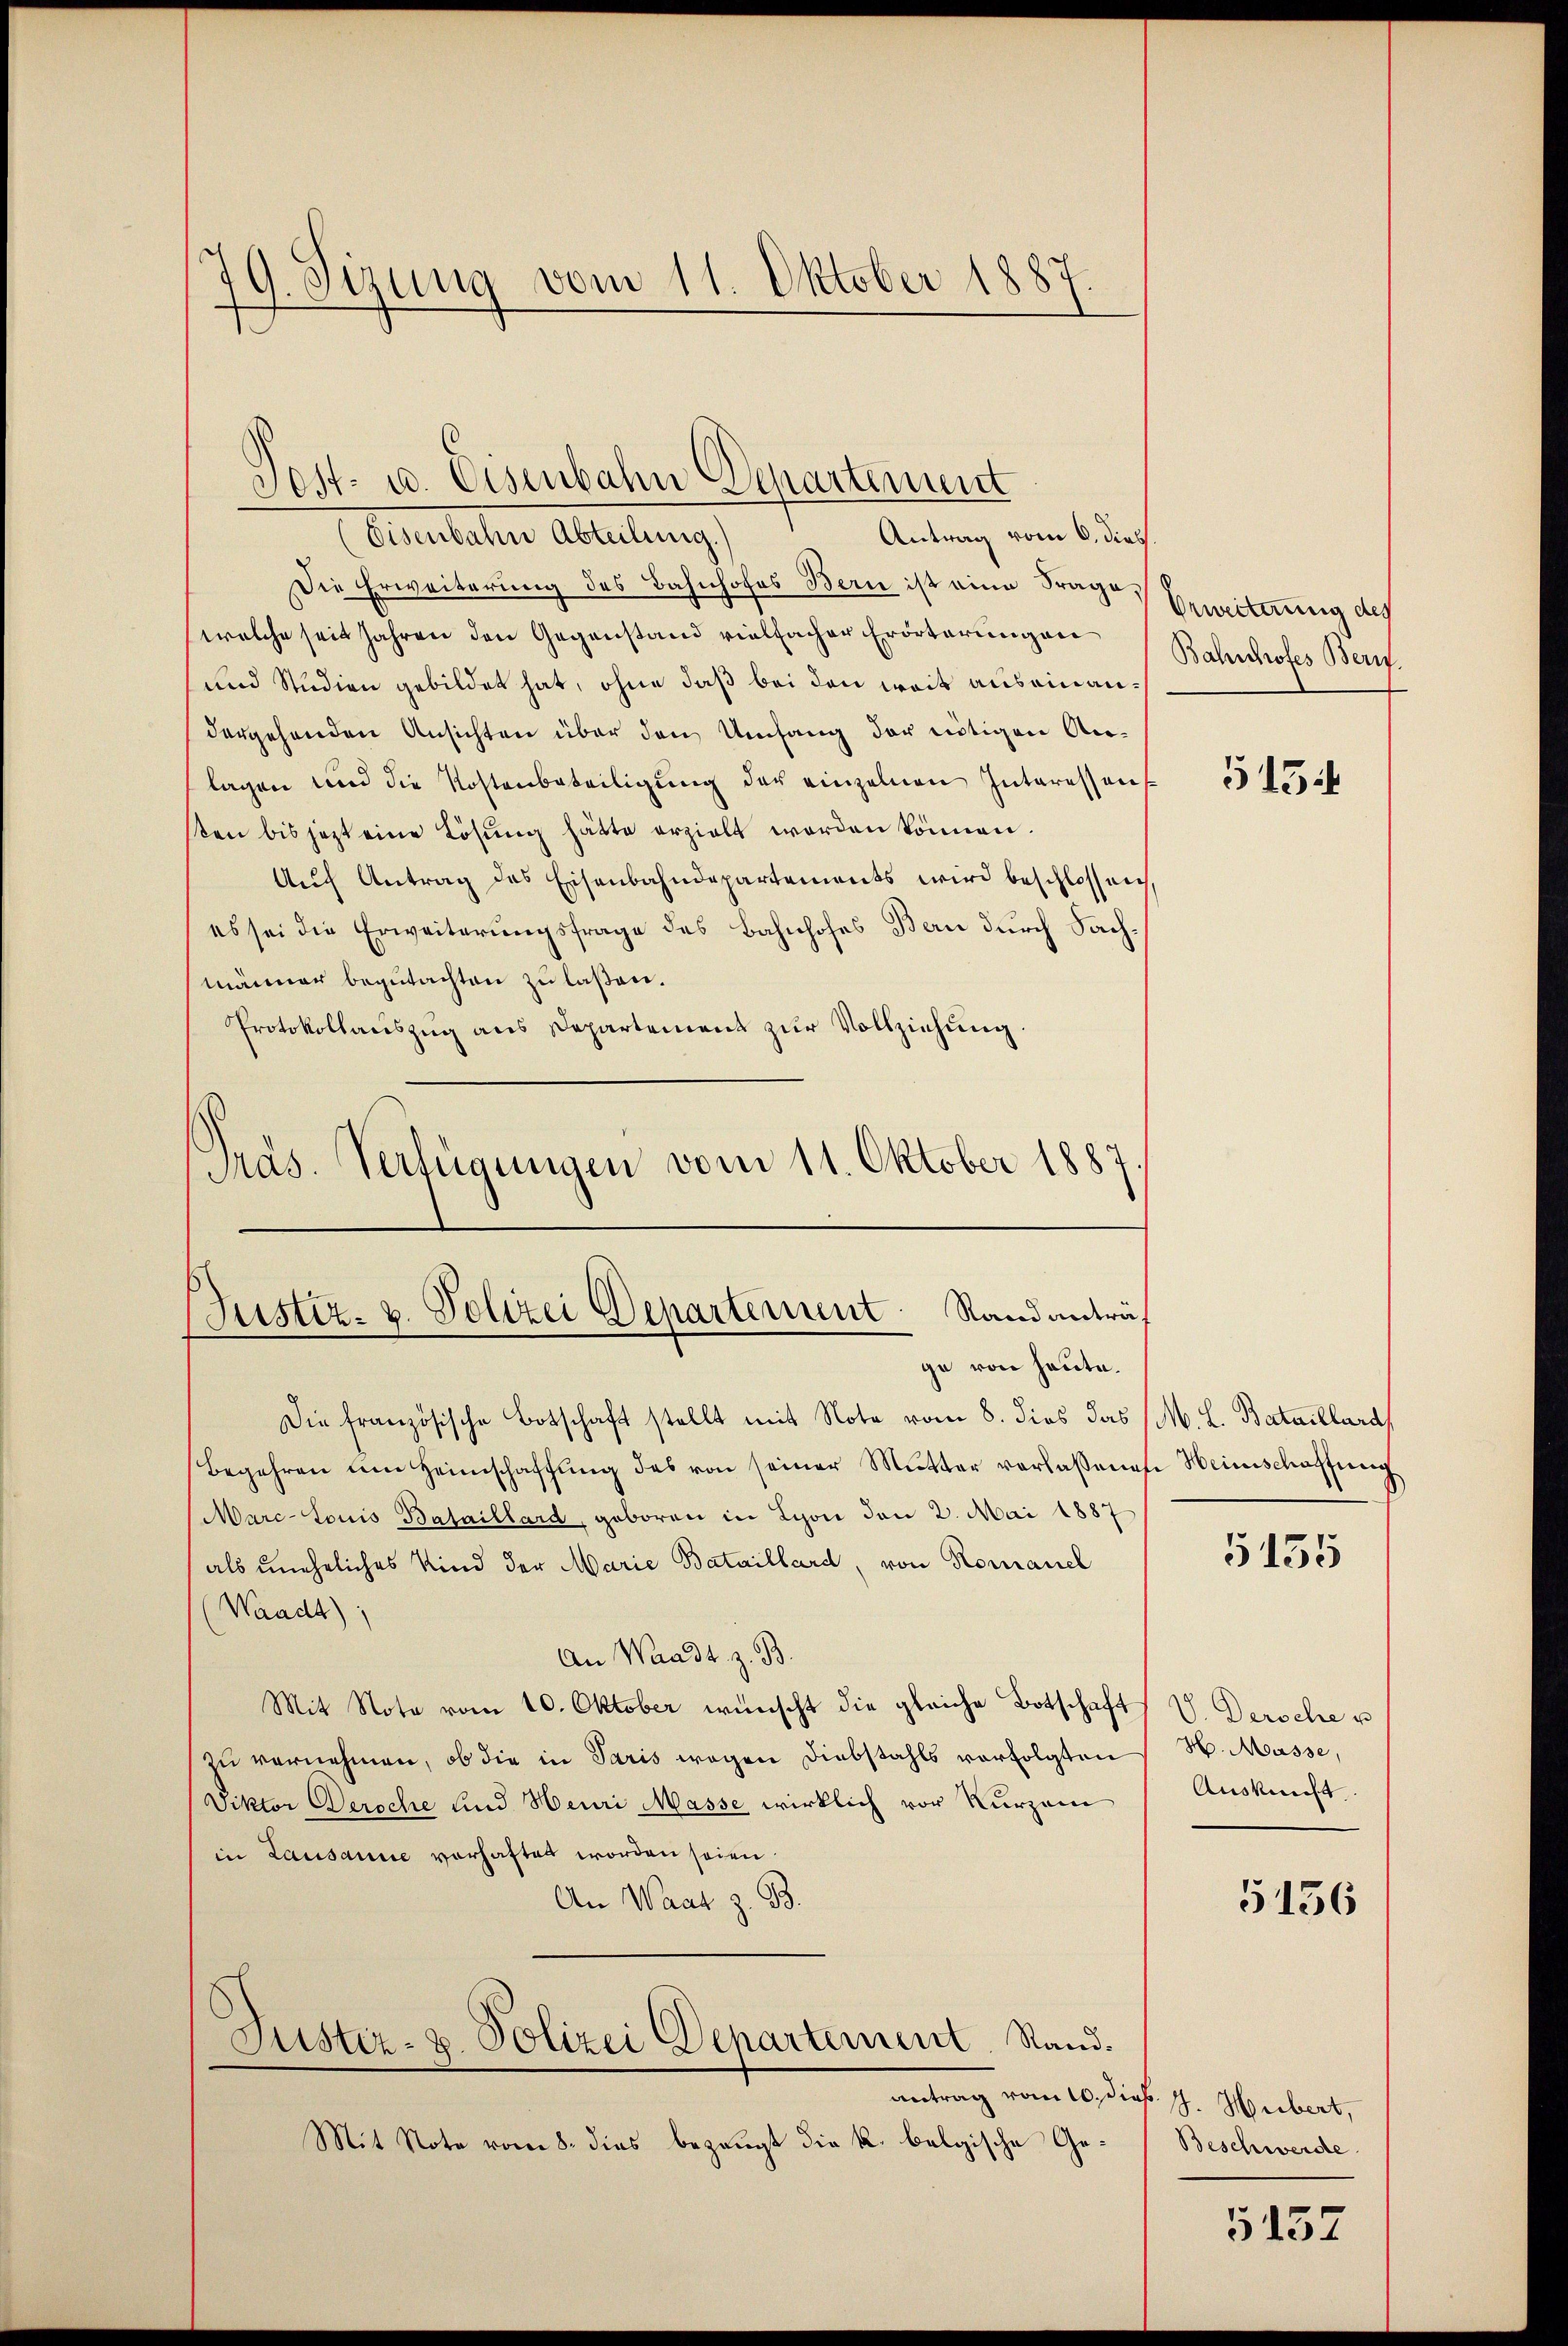
19. Sizung vom 11. Oktober 1887

Post- u. Eisenbahn Departement
Antrag vom 6. dies
Obersteher Abteilung
Die Erweiterung des Bahnhofes Bern ist eine Frage,
welche seit Jahren den Gegenstand vielfacher Erörterungen
und Studien gebildet hat, ohne daß bei den weit auseinandergehenden Ansichten über den Umfang der nötigen Anlagen und die Kostenbeteiligung der einzelnen Interessens
sten bis jetzt eine Lösung hätte erzielt worden können.
Aŭf Antrag des Eisenbahndepartements wird beschlossen,
es sei die Erweiterungsfrage des Bahnhofes Bern durch Sachmänner begutachten zu laßen.
Protokollauszug aus Departement zur Vollziehung.
Pras. Verfügungen vom 11. Oktober 1887.

Justiz- u. Polizei Departement. Rand anträge von heute.

Die französische Botschaft stellt mit Note vom 8. dies das M. L. Bataillard,
Begehren um Heimschaffŭng des von seiner Mutter verlassenes Heimschaffung
Marc-Louis Bataillard, geboren in Lyon den 2. Mai 1887
als uneheliches Kind der Marie Bataillard, von Romanel
Waadt);
An Waadt, z. B.
Mit Note vom 10. Oktober wünscht die gleiche Botschaft
zu vernehmen, ob die in Paris wegen Diebstahls verfolgten
Viktor Bereche und Heuri Masse wirklich vor kurzem
in Lausanne vorhaftet worden seien.
An Waat z. B.
Justiz- u. Polizei Departement. Stand.
antrag vom 10. dies. J. Hubert,
Mit Note vom 8. dies bezeugt die k. belgische Ge¬

Erweiterung des
Bahnhofes Bern

5154

5135

V. Dersehe u
H. Masse,
Auskunft.

5156

Beschwerde

5457